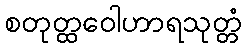
စတုတ္ထဝေါဟာရသုတ္တံ